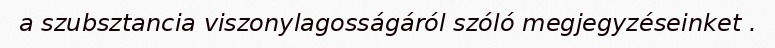
a szubsztancia viszonylagosságáról szóló megjegyzéseinket .